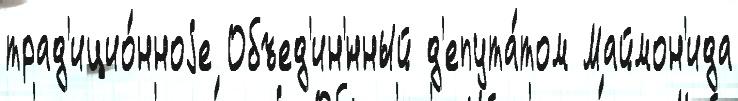
трад'ицио́нноjе Объед'ин'́нный д'епута́том Маймон'ида